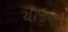
યોજના